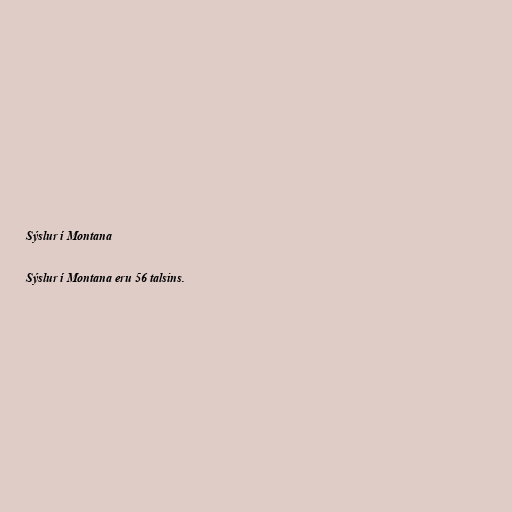
Sýslur í Montana

Sýslur í Montana eru 56 talsins.